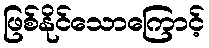
ဖြစ်နိုင်သောကြောင့်